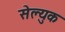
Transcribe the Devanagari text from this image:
सेल्युक